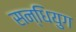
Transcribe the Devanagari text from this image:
सन्धियुग